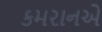
કમરાનએ